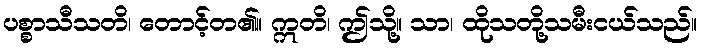
ပစ္စာသီသတိ၊ တောင့်တ၏။ ဣတိ၊ ဤသို့။ သာ၊ ထိုသတို့သမီးငယ်သည်။